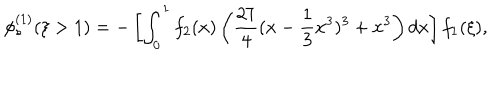
LaTeX: \phi _ { s } ^ { ( 1 ) } ( \xi > 1 ) = - \left[ \int _ { 0 } ^ { 1 } f _ { 2 } ( x ) \left( \frac { 2 7 } { 4 } ( x - \frac { 1 } { 3 } x ^ { 3 } ) ^ { 3 } + x ^ { 3 } \right) d x \right] f _ { 1 } ( \xi ) ,